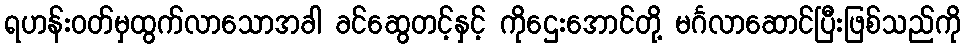
ရဟန်းဝတ်မှထွက်လာသောအခါ ခင်ဆွေတင့်နှင့် ကိုဌေးအောင်တို့ မင်္ဂလာဆောင်ပြီးဖြစ်သည်ကို